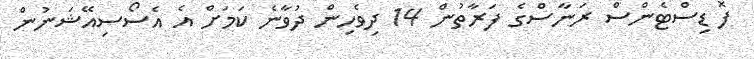
ފޮ ޑިސްޓެންސް ރަނާސްގެ ފަރާތުން 14 ދިވެހިން ދުވާނެ ކަމަށް އެ އެސޯސިއޭޝަނުން